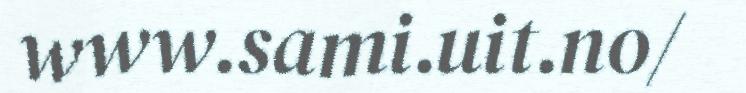
www.sami.uit.no/